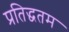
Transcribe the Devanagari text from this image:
प्रतिद्धतम